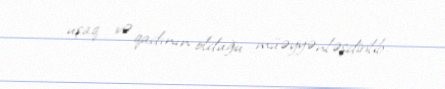
uşaq və qadının olduğu müəyyənləşdirilib.